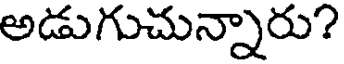
అడుగుచున్నారు?